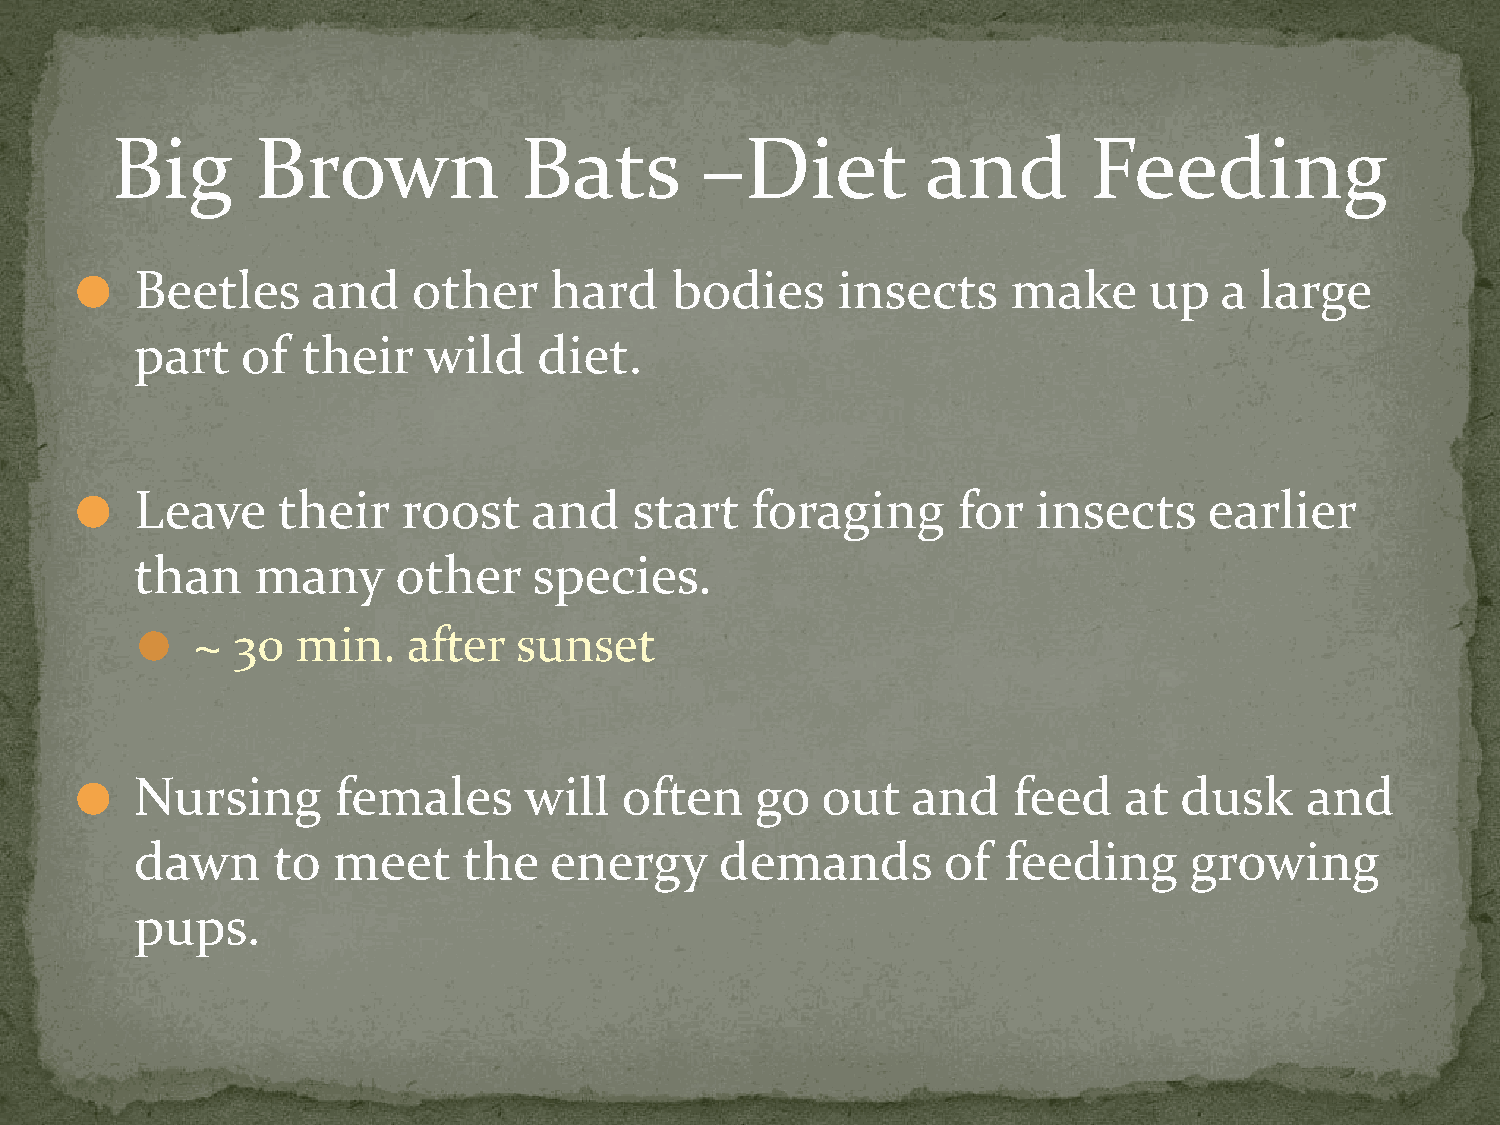
Big       Brown            Bats        –Diet          and        Feeding
 Beetles     and   other    hard    bodies     insects     make     up   a large
 ⚫
 part   of  their   wild    diet.
 Leave    their    roost   and    start   foraging     for   insects    earlier
 ⚫
 than    many     other    species.
 ~ 30   min.   after  sunset
 ⚫
 Nursing      females      will  often    go  out   and    feed   at  dusk    and
 ⚫
 dawn     to  meet     the  energy      demands       of  feeding      growing
 pups.